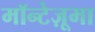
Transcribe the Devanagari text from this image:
मॉन्टेज़ूमा